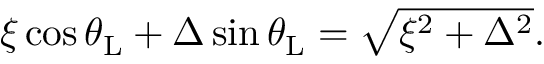
\begin{array} { r } { \xi \cos \theta _ { \mathrm { L } } + \Delta \sin \theta _ { \mathrm { L } } = \sqrt { \xi ^ { 2 } + \Delta ^ { 2 } } . } \end{array}